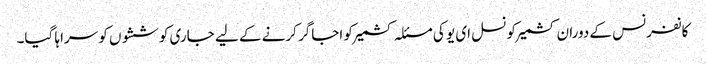
کانفرنس کے دوران کشمیرکونسل ای یو کی مسئلہ کشمیر کو اجاگر کرنے کے لیے جاری کوششوں کو سراہا گیا۔